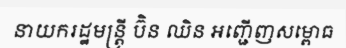
នាយករដ្ឋមន្ត្រី ប៊ិន ឈិន អញ្ជើញសម្ពោធ